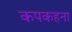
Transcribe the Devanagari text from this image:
कपकहना